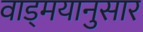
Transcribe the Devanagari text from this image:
वाड्मयानुसार